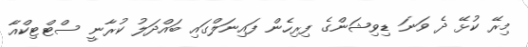
މިރޭ ކުޅޭ ދެ ވަނަ ޑިވިޝަންގެ ފިރިހެން ފައިނަލްގައި ބައްދަލު ކުރާނީ ސްޓްޓިކްއާ